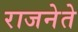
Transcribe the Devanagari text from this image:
राजनेते